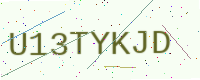
Text: U13TYKJD